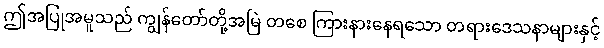
ဤအပြုအမူသည် ကျွန်တော်တို့အမြဲ တစေ ကြားနားနေရသော တရားဒေသနာများနှင့်